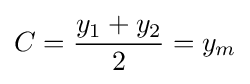
C={y_{1}+y_{2} \over 2}=y_{m}